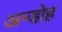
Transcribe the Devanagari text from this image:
अन्डोह